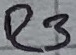
Text: R3